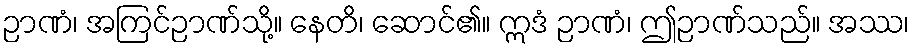
ဉာဏံ၊ အကြင်ဉာဏ်သို့။ နေတိ၊ ဆောင်၏။ ဣဒံ ဉာဏံ၊ ဤဉာဏ်သည်။ အဿ၊